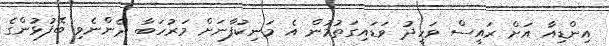
އިންޑިއާ އަށް ރައީސް ވަހީދު ވަޑައިގަތުމުން އެ މަނިކުފާނަށް މަރުހަބާ ދެންނެވި ބޭފުޅުންގެ